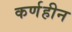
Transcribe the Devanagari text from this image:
कर्णहीन